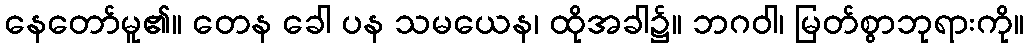
နေတော်မူ၏။ တေန ခေါ ပန သမယေန၊ ထိုအခါ၌။ ဘဂဝါ၊ မြတ်စွာဘုရားကို။